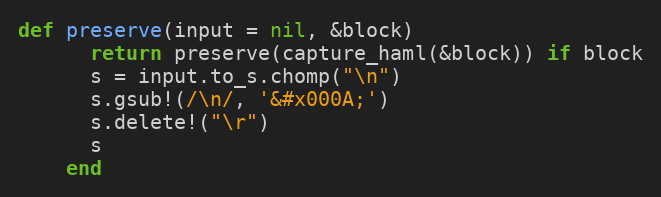
Language: Ruby
def preserve(input = nil, &block)
      return preserve(capture_haml(&block)) if block
      s = input.to_s.chomp("\n")
      s.gsub!(/\n/, '&#x000A;')
      s.delete!("\r")
      s
    end